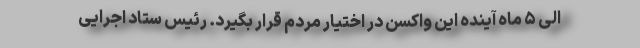
الی ۵ ماه آینده این واکسن در اختیار مردم قرار بگیرد. رئیس ستاد اجرایی